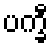
ပက္ခီ